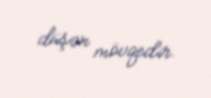
düşən mövqedir.